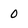
Character: 0